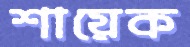
শায়েক